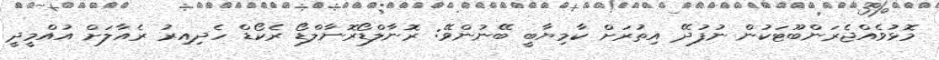
މޮޅުވެއްޖެރަންބޫޓަކުން ނުފުދޭ އިތުރަށް ކާމިޔާބީ ބޭނުންވޭ: ރޮނާލްޑޯރޮނާލްޑޯ ރެކޯޑް ހެދިއިރު ރެއާލަށް އުއްމީދީ